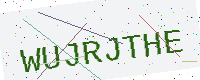
Text: WUJRJTHE